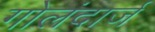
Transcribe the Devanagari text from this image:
गोलंदार्ज